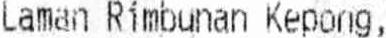
LAMAN RIMBUNAN KEPONG,